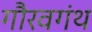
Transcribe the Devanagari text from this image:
गौरवगंथ